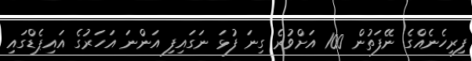
ފިރިހެނެއްގެ ނޭފަތުން 100 އަށްވުރެ ގިނަ ފުޅަ ނަގައިފި އަންނަ އަހަރުގެ އައިޕެޑްގައި